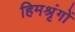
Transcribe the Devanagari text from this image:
हिमश्रृंगों